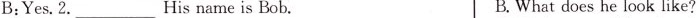
B:Yes.2.___ His name is Bob. B. What does he look like?